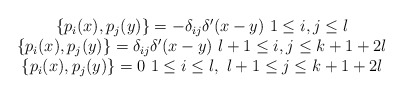
\begin{align*}\begin{array}{c}\{p_i(x),p_j(y)\}=-\delta _{ij}\delta ^{\prime }(x-y)\ 1\leq i,j\leq l \\ \{p_i(x),p_j(y)\}=\delta _{ij}\delta ^{\prime }(x-y)\ l+1\leq i,j\leq k+1+2l\\ \{p_i(x),p_j(y)\}=0\ 1\leq i\leq l,\ l+1\leq j\leq k+1+2l\end{array}\end{align*}